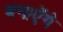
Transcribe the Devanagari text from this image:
बनाऐंगे